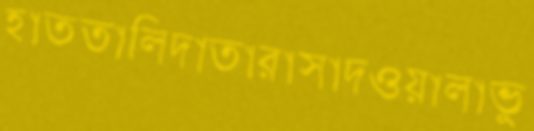
হাততালিদাতারাস্বাদওয়ালাভু